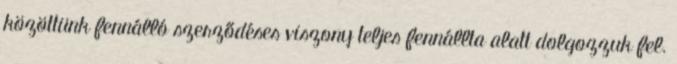
közöttünk fennálló szerződéses viszony teljes fennállta alatt dolgozzuk fel.